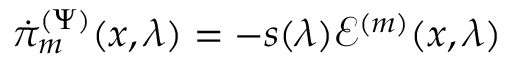
\begin{array} { r } { \dot { \pi } _ { m } ^ { ( \Psi ) } ( x , \lambda ) = - s ( \lambda ) \mathcal { E } ^ { ( m ) } ( x , \lambda ) } \end{array}